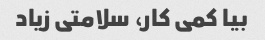
بیا کمی کار، سلامتی زیاد